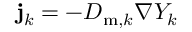
\mathbf { j } _ { k } = - D _ { \mathrm { m } , k } \nabla Y _ { k }